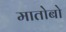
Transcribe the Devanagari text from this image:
मातोबो